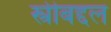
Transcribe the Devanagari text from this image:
स्त्रीबद्दल